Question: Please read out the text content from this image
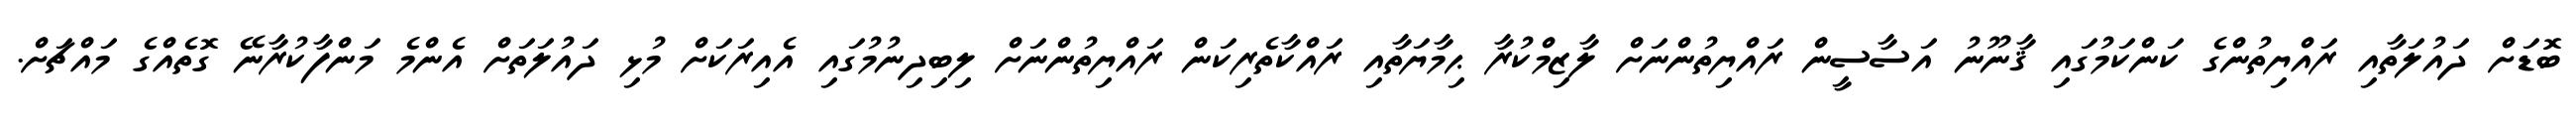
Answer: ބޮޑަށް ދައުލަތާއި ރައްޔިތުންގެ ކަންކަމުގައި ޤާނޫނު އަސާސީން ރައްޔިތުންނަށް ލާޒިމްކުރާ ޙިމާޔަތާއި ރައްކާތެރިކަން ރައްޔިތުންނަށް ލިބިދިނުމުގައި އެއިރަކަށް މުޅި ދައުލަތަށް އެންމެ މަންފާކުރާނޭ ގޮތެއްގެ މައްޗަށް.